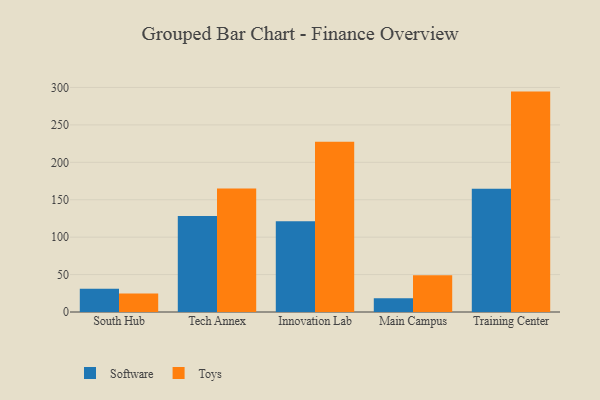
{"axis": {"x": "Campus", "y": "Customer Acquisition Cost (USD)"}, "legend": ["Software", "Toys"], "data": [{"x": "South Hub", "y": 30.9, "type": "Software"}, {"x": "South Hub", "y": 24.6, "type": "Toys"}, {"x": "Tech Annex", "y": 128.4, "type": "Software"}, {"x": "Tech Annex", "y": 164.9, "type": "Toys"}, {"x": "Innovation Lab", "y": 121.4, "type": "Software"}, {"x": "Innovation Lab", "y": 227.6, "type": "Toys"}, {"x": "Main Campus", "y": 18.4, "type": "Software"}, {"x": "Main Campus", "y": 49.0, "type": "Toys"}, {"x": "Training Center", "y": 164.7, "type": "Software"}, {"x": "Training Center", "y": 294.5, "type": "Toys"}]}